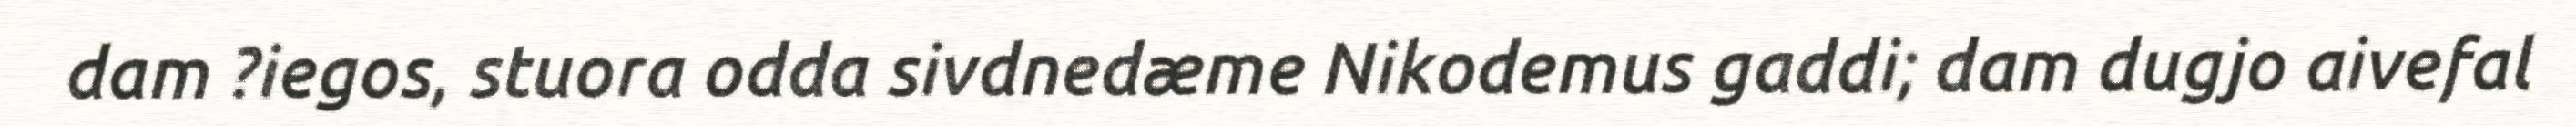
dam ?iegos, stuora odda sivdnedæme Nikodemus gaddi; dam dugjo aivefal